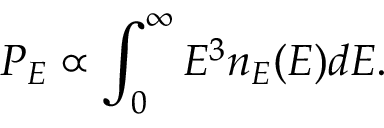
P _ { E } \propto \int _ { 0 } ^ { \infty } E ^ { 3 } n _ { E } ( E ) d E .